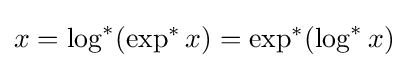
x=\log ^{*}(\exp ^{*}x)=\exp ^{*}(\log ^{*}x)